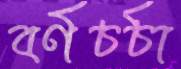
বর্ণচর্চা